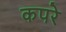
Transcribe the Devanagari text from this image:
कपरे